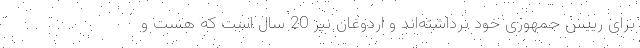
برای رییس جمهوری خود برداشته‌اند و اردوغان نیز 20 سال است که هست و